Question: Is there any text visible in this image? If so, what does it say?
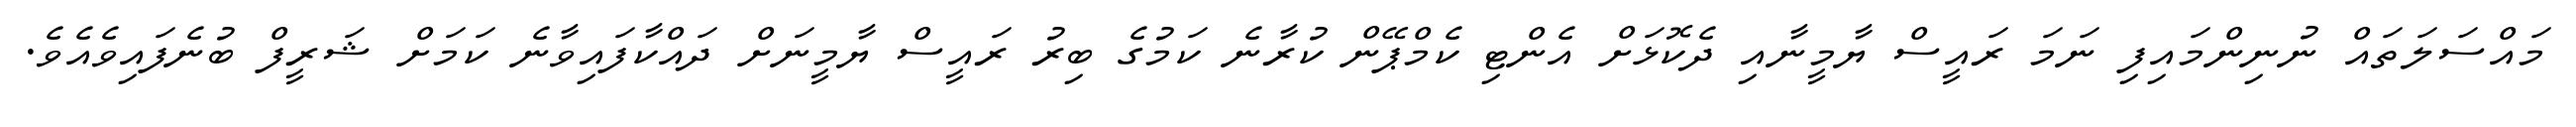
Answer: މައްސަލަތައް ނުނިންމައިފި ނަމަ ރައީސް ޔާމީނާއި ދެކޮޅަށް އެންޓި ކެމްޕޭން ކުރާނެ ކަމުގެ ބިރު ރައީސް ޔާމީނަށް ދައްކާފައިވާނެ ކަމަށް ޝަރީފް ބުނެފައިވެއެވެ.